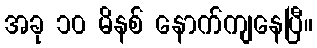
အခု ၁၀ မိနစ် နောက်ကျနေပြီ။